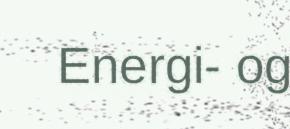
Energi- og